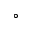
^ \circ